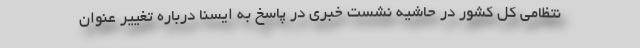
نتظامی کل کشور در حاشیه نشست خبری در پاسخ به ایسنا درباره تغییر عنوان